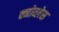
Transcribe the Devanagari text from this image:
क्नोव्लेस